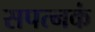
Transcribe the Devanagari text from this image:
सपत्नकं